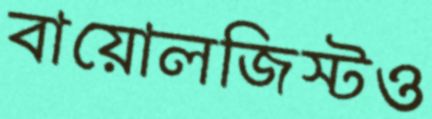
বায়োলজিস্টও